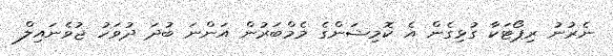
ނެރުނު ރިޕޯޓަކާ ގުޅިގެން އެ ކޮމިޝަންގެ މެމްބަރުން އަންނަ ބުދަ ދުވަހު ޖުވެނައިލް